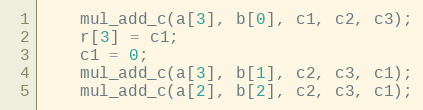
Language: C
	mul_add_c(a[3], b[0], c1, c2, c3);
	r[3] = c1;
	c1 = 0;
	mul_add_c(a[3], b[1], c2, c3, c1);
	mul_add_c(a[2], b[2], c2, c3, c1);